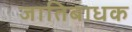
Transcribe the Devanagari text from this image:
जातिबाधक